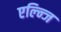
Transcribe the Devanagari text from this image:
एल्न्जि